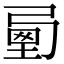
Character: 𡍯